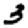
Digit: 3